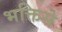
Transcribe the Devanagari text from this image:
भक्तिसे